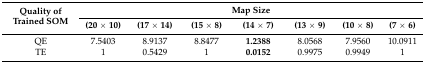
<table><thead><tr><td rowspan="2"><b>Quality of Trained SOM</b></td><td colspan="7"><b>Map Size</b></td></tr><tr><td><b>(20 × 10)</b></td><td><b>(17 × 14)</b></td><td><b>(15 × 8)</b></td><td><b>(14 × 7)</b></td><td><b>(13 × 9)</b></td><td><b>(10 × 8)</b></td><td><b>(7 × 6)</b></td></tr></thead><tbody><tr><td>QE</td><td>7.5403</td><td>8.9137</td><td>8.8477</td><td><b>1.2388</b></td><td>8.0568</td><td>7.9560</td><td>10.0911</td></tr><tr><td>TE</td><td>1</td><td>0.5429</td><td>1</td><td><b>0.0152</b></td><td>0.9975</td><td>0.9949</td><td>1</td></tr></tbody></table>